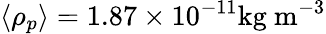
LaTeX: \langle\rho_{p}\rangle=1.87\times 10^{-11}\mathrm{kg\ m^{-3}}